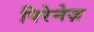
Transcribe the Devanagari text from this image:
पिरेनेज़